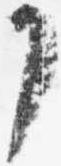
了